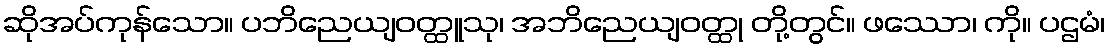
ဆိုအပ်ကုန်သော။ ပဘိညေယျဝတ္ထူသု၊ အဘိညေယျဝတ္ထု တို့တွင်။ ဖဿော၊ ကို။ ပဌမံ၊